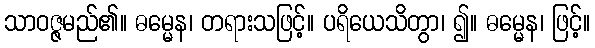
သာဝဇ္ဇမည်၏။ ဓမ္မေန၊ တရားသဖြင့်။ ပရိယေသိတွာ၊ ၍။ ဓမ္မေန၊ ဖြင့်။